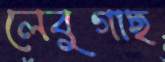
লেবুগাছ